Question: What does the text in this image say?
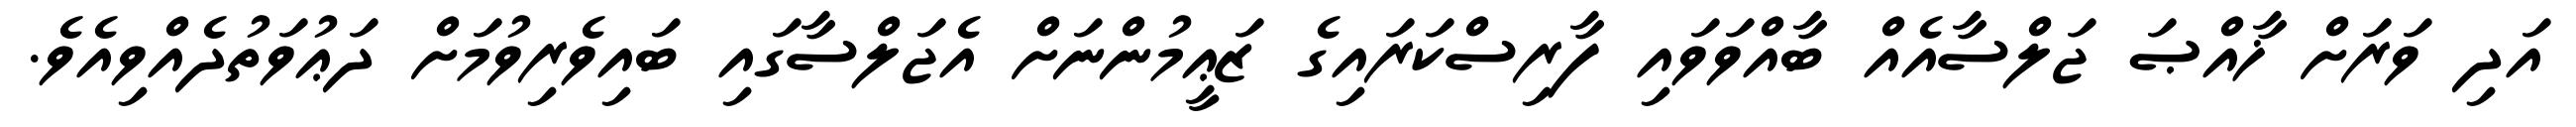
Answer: އަދި ވަރަށް ޚާއްޞަ ޖަލްސާއެއް ބާއްވަވައި ފާރިސްކަރައިގެ ޒަޢީމުންނަށް އެޖަލްސާގައި ބައިވެރިވުމަށް ދަޢުވަތުދެއްވިއެވެ.